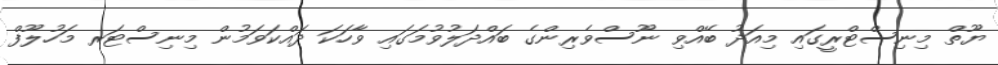
ޔޫތް މިނިސްޓްރީގައި މިއަދު ބޭއްވި ނޫސްވެރިންގެ ބައްދަލުވުމަގައި ވާހަކަ ދައްކަވަމުން މިނިސްޓަރ މަހުލޫފް